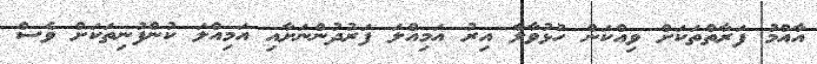
އާއްމު ފަރާތްތަކަށް ވިއްކަން ހުޅުވާލާ އިރު އަމިއްލަ ފަރުދުންނަށާއި އަމިއްލަ ކުންފުނިތަކަށް ވެސް